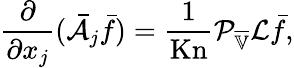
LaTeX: \frac{\partial}{\partial x_{j}}(\bar{\mathcal{A}}_{j}\bar{f})=\frac{1}{\mathrm{Kn}}\mathcal{P}_{\overline{{\mathbb{V}}}}\mathcal{L}\bar{f},